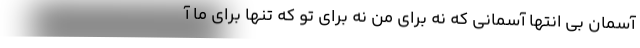
آسمانِ بی انتها آسمانی که نه برای من نه برای تو که تنها برای ما آ